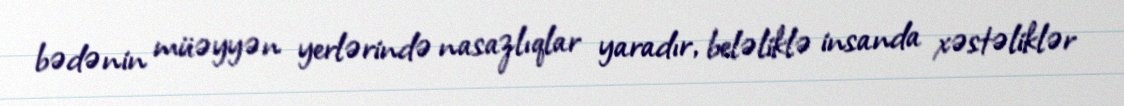
bədənin müəyyən yerlərində nasazlıqlar yaradır, beləliklə insanda xəstəliklər